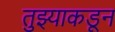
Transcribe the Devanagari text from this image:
तुझ्याकडून